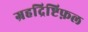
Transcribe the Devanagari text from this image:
ग्रहद्रिष्टिफ़ल